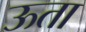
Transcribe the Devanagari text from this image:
ऊता